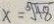
x = \sqrt [ 5 ] { 4 8 }